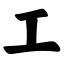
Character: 工